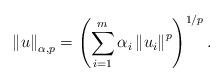
LaTeX: \begin{align*}\left\Vert u\right\Vert _{\alpha ,p}=\left( \sum\limits_{i=1}^{m}\alpha_{i}\left\Vert u_{i}\right\Vert ^{p}\right) ^{1/p}. \end{align*}